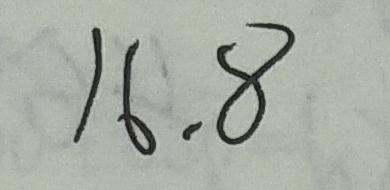
1 6 . 8